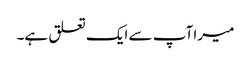
میرا آپ سے ایک تعلق ہے۔